Standards of the constituents of the urine and blood and the bearing of the metabolism of Bengalis on the problems of nutrition - Number 34
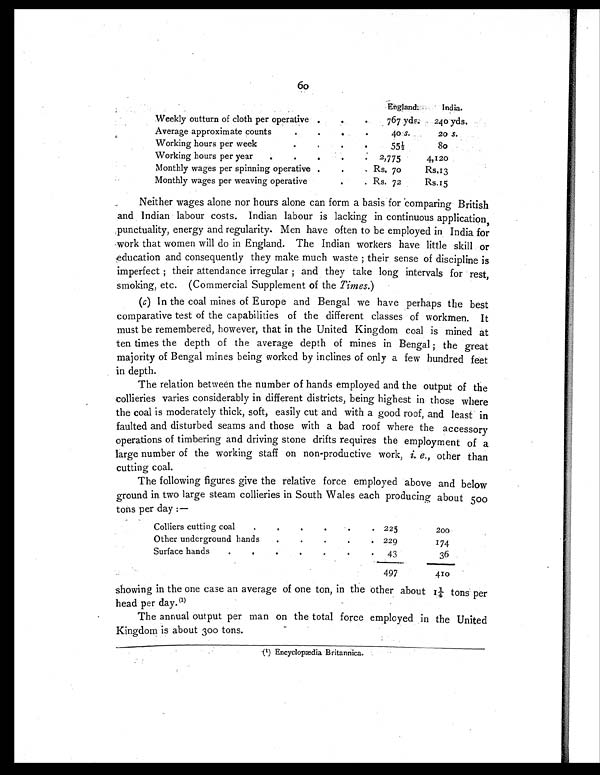
60
England.
India.
Weekly outturn of cloth per operative
. .
.
767 yds. 240 yds.
Average approximate counts
.
.
.
.
40 s.
20 s.
Working hours per week
.
.
.
.
55½
8 0
Working hours per year .
. .
.
. 2,775
4,120
Monthly wages per spinning operative .
.
. Rs. 70
Rs.13
Monthly wages per weaving operative
.
. Rs. 72
Rs.15
Neither wages alone nor hours alone can form a basis for comparing British
and Indian labour costs. Indian labour is lacking in continuous application,
punctuality, energy and regularity. Men have often to be employed in India for
work that women will do in England. The Indian workers have little skill or
education and consequently they make much waste ; their sense of discipline is
imperfect ; their attendance irregular ; and they take long intervals for rest,
smoking, etc. (Commercial Supplement of the Times. )
(c) In the coal mines of Europe and Bengal we have perhaps the best
comparative test of the capabilities of the different classes of workmen. It
must be remembered, however, that in the United Kingdom coal is mined at
ten times the depth of the average depth of mines in Bengal ; the great
majority of Bengal mines being worked by inclines of only a few hundred feet
in depth.
The relation between the number of hands employed and the output of the
collieries varies considerably in different districts, being highest in those where
the coal is moderately thick, soft, easily cut and with a good roof, and least in
faulted and disturbed seams and those with a bad roof where the accessory
operations of timbering and driving stone drifts requires the employment of a
large number of the working staff on non-productive work, i. e., other than
cutting coal.
The following figures give the relative force employed above and below
ground in two large steam collieries in South Wales each producing about 500
tons per day:—
Colliers cutting coal
.
.
.
.
. . 225
200
Other underground hands
.
.
.
.
. 229
174
Surface hands
.
.
.
.
.
. . 43
36
497
410
showing in the one case an average of one ton, in the other about 1¼ tons per
head per day.(1)
The annual output per man on the total force employed in the United
Kingdom is about 300 tons.
(1) Encyclopædia Britannica.